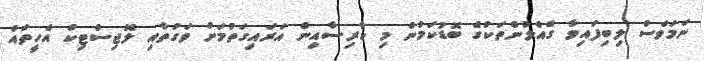
ނަމަވެސް ލިބިފައިވާ ގެއްލުންތަކުގެ ބޮޑުކަމުން މި ކާރިސާއިން އަރައިގަތުމަށް ވަގުތާއި ލޮޖިސްޓިކް އެހީތައް